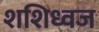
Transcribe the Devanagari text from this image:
शशिध्वज